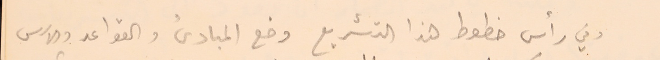
وفي رأس خطوط هذا التشريع وضع المبادئ والقواعد والاسس